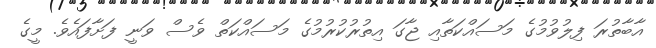
އާބާތުރަ ފިލުވުމުގެ މަސައްކަތާއި ޖާގަ އިތުރުކުރުމުގެ މަސައްކަތް ވެސް ވަނީ ފަށާފައެވެ. މީގެ